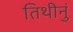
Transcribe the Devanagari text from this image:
तिथीनुं